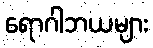
ရောဂါဘယများ